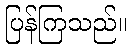
ပြန်ကြသည်။